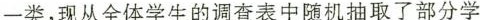
一类，现从全体学生的调查表中随机抽取了部分学